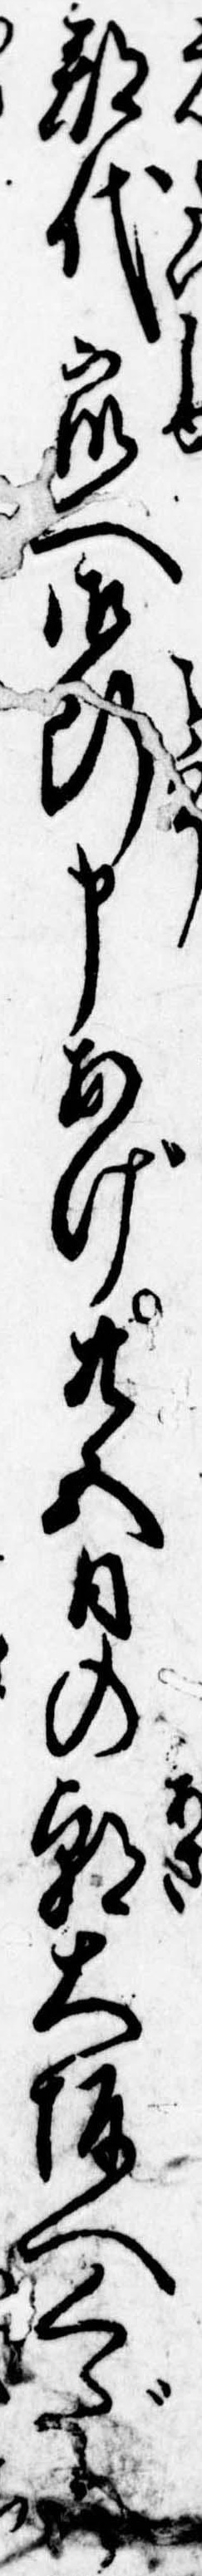
郡代衆へ御断申あげ廿五日の朝大阪へくだり